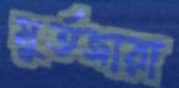
মুর্তজারা